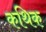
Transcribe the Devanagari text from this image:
कथिक